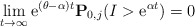
\begin{align*}\lim_{t\to\infty}{\rm e}^{(\theta-\alpha)t}\mathbf{P}_{0,j}(I >{\rm e}^{\alpha t}) = 0\end{align*}